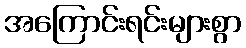
အကြောင်းရင်းများစွာ